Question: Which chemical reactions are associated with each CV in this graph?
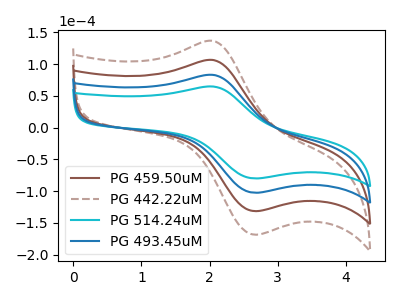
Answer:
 <answer>The brown curve is labeled "PG 459.50uM". The brown dashed curve is labeled "PG 442.22uM". The cyan curve is labeled "PG 514.24uM". The blue curve is labeled "PG 493.45uM".</answer>
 <eval></eval>